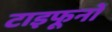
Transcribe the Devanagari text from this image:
टाइफूनों